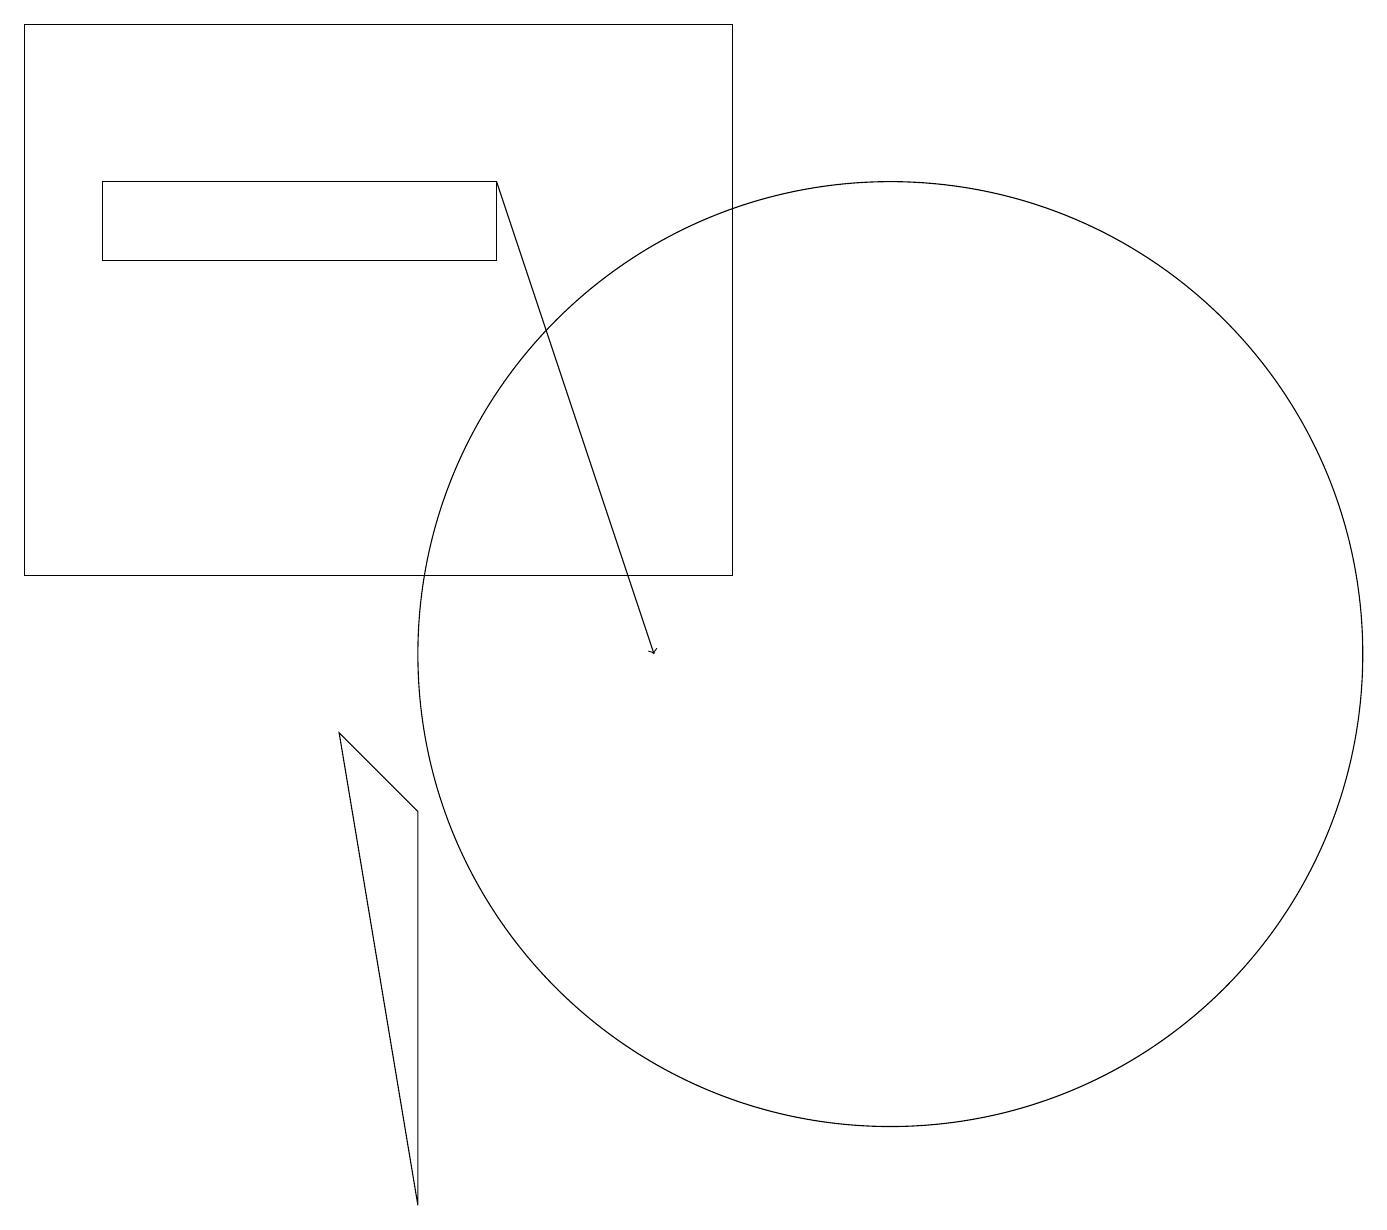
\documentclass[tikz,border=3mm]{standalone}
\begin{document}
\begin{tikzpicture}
\draw (11,10) circle (6);
\draw (6,15) rectangle (1,16);
\draw[->] (6,16) -- (8,10);
\draw (0,11) rectangle (9,18);
\draw (5,3) -- (5,8) -- (4,9) -- cycle;
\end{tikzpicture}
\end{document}